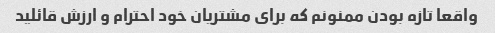
واقعا تازه بودن ممنونم که برای مشتریان خود احترام و ارزش قائلید